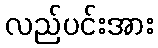
လည်ပင်းအား